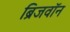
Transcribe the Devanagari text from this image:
ब्रिजवॉन